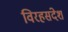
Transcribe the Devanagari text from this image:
विरहसंदेश